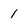
Character: 1